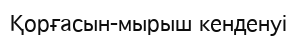
Қорғасын-мырыш кенденуі